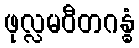
ဖုလ္လမဝီတဂန္ဓံ